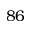
8 6